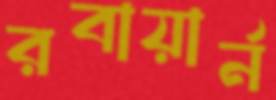
রবায়ার্ন